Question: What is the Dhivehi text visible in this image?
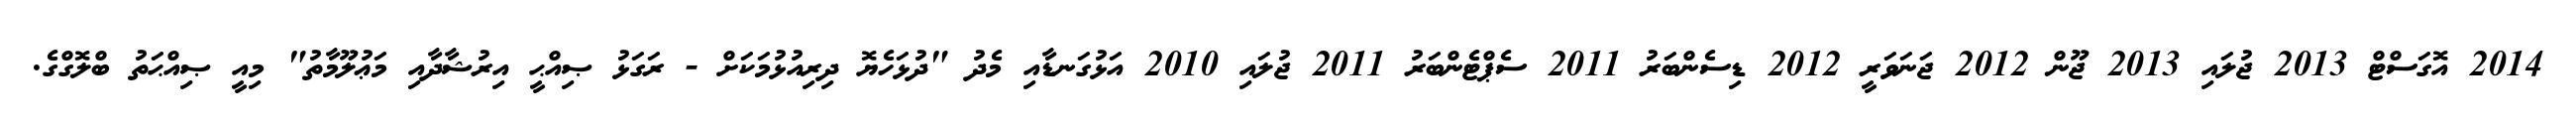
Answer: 2014 އޮގަސްޓް 2013 ޖުލައި 2013 ޖޫން 2012 ޖަނަވަރީ 2012 ޑިސެންބަރު 2011 ސެޕްޓެންބަރު 2011 ޖުލައި 2010 އަޅުގަނޑާއި މެދު "ދުޅަހެޔޮ ދިރިއުޅުމަކަށް - ރަގަޅު ޞިއްޙީ އިރުޝާދާއި މަޢުލޫމާތު" މިއީ ޞިއްޙަތު ބްލޮގްގެ.